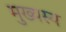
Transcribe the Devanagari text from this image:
मुख्यस्य